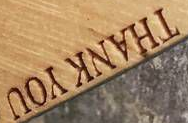
THANK YOU